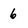
Character: 6